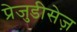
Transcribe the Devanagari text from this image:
प्रेजुडीसेज़